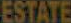
ESTATE